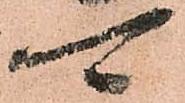
可